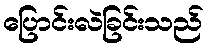
ပြောင်းလဲခြင်းသည်